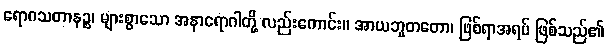
ရောဂသတာနဉ္စ၊ များစွာသော အနာရောဂါတို့ လည်းကောင်း။ အာယဘူတတော၊ ဖြစ်ရာအရပ် ဖြစ်သည်၏